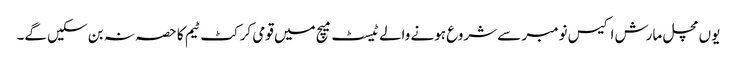
یوں مچل مارش اکیس نومبر سے شروع ہونے والے ٹیسٹ میچ میں قومی کرکٹ ٹیم کا حصہ نہ بن سکیں گے۔